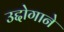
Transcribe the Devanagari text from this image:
उद्दोगाने